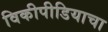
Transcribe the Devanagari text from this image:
विकीपीडियाचा